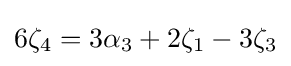
6\zeta _{4}=3\alpha _{3}+2\zeta _{1}-3\zeta _{3}